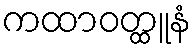
ကထာဝတ္ထူနံ